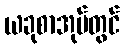
ယခုစာအုပ်တွင်